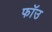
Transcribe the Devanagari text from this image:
फॉउ